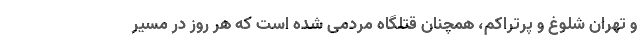
و تهران شلوغ و پرتراکم، همچنان قتلگاه مردمی شده است که هر روز در مسیر